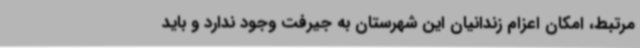
مرتبط، امکان اعزام زندانیان این شهرستان به جیرفت وجود ندارد و باید